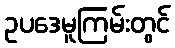
ဥပဒေမူကြမ်းတွင်